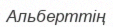
Альберттің